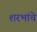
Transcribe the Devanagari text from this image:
शरभांचे